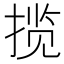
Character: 揽